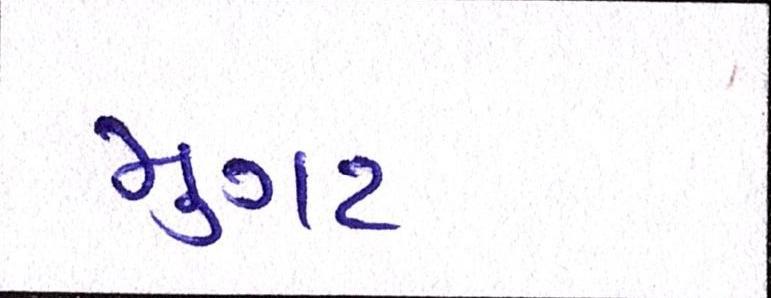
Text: મુગટ